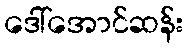
ဒေါ်အောင်ဆန်း